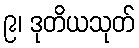
၉၊ ဒုတိယသုတ်